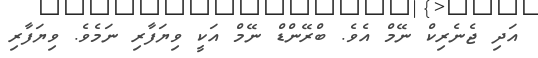
އަދި ޖެނެރިކް ނޭމް އެވެ. ބްރޭންޑް ނޭމް އަކީ ވިޔަފާރި ނަމެވެ. ވިޔަފާރި